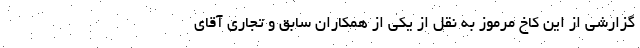
گزارشی از این کاخ مرموز به نقل از یکی از همکاران سابق و تجاری آقای